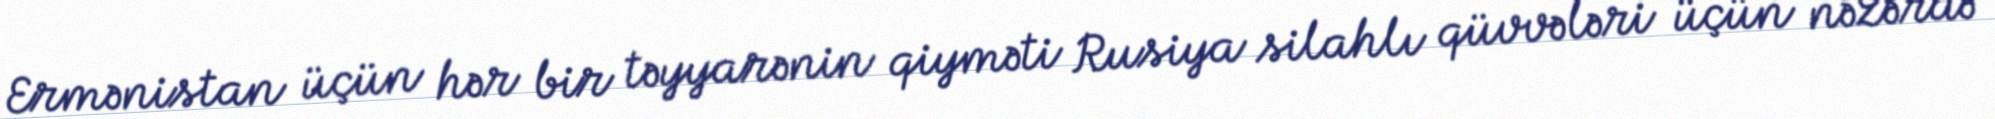
Ermənistan üçün hər bir təyyarənin qiyməti Rusiya silahlı qüvvələri üçün nəzərdə